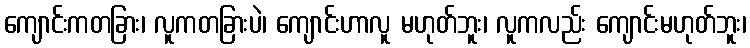
ကျောင်းကတခြား၊ လူကတခြားပဲ၊ ကျောင်းဟာလူ မဟုတ်ဘူး၊ လူကလည်း ကျောင်းမဟုတ်ဘူး၊